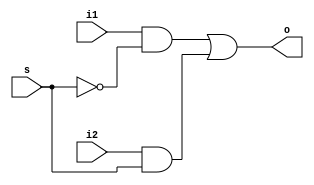

module mux(o,i1,i2,s);                  //2x1 MUX
input i1,i2,s;
output o;
wire x1,x2,sc;
not(sc,s);
and(x1,i1,sc);
and(x2,i2,s);
or(o,x1,x2);
endmodule